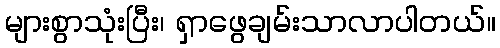
များစွာသုံးပြီး၊ ရှာဖွေချမ်းသာလာပါတယ်။